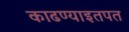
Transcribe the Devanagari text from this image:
काढण्याइतपत